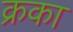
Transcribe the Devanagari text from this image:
क्रका